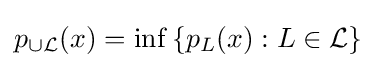
{\textstyle p_{\cup {\mathcal {L}}}(x)=\inf \left\{p_{L}(x):L\in {\mathcal {L}}\right\}}